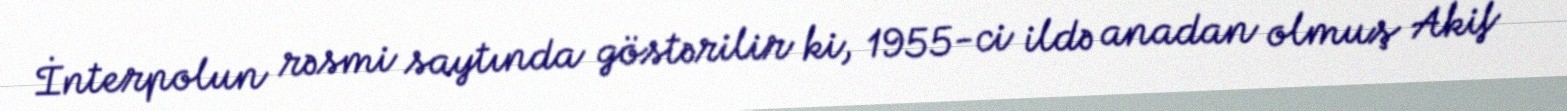
İnterpolun rəsmi saytında göstərilir ki, 1955-ci ildə anadan olmuş Akif